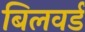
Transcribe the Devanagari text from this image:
बिलवर्ड